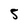
Character: 5